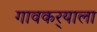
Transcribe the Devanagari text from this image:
गावकर्‍याला